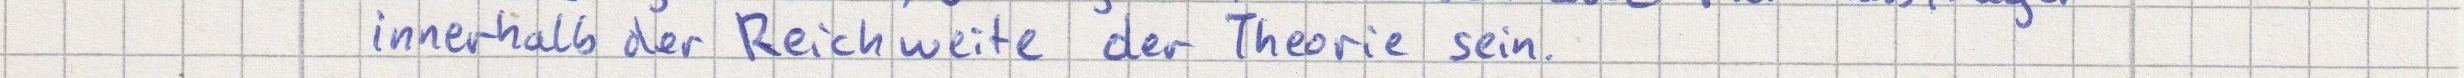
innerhalb der Reichweite der Theorie sein.